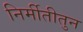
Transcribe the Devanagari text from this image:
निर्मीतीतुन